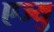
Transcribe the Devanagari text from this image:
एज्‍यु